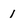
Character: 1